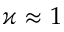
\varkappa \approx 1